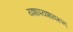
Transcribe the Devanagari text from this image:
यशापयशावरून